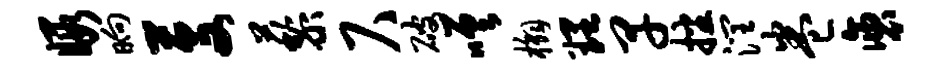
暇晌芟藜尺破嗟槲理早播润卷褒